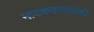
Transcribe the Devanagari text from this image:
नाटककारांपैकी